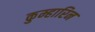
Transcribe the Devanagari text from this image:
कुम्हारिन